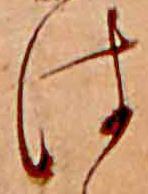
は